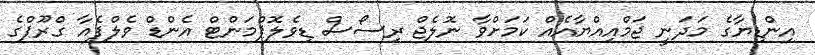
އިންޑިޔާގެ މަދަނީ ޖަމްއިއްޔާއެއް ކަމަށްވާ ނޮލެޖް ރިސޯސް ޑިވެލޮޕްމަންޓް އެންޑް ވެލްފެއާ ގްރޫޕްގެ